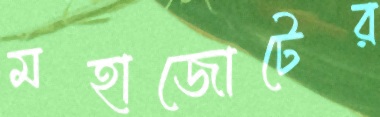
মহাজোটের